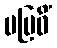
မဗြဝိံ